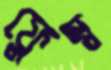
ফ্লেম্ব